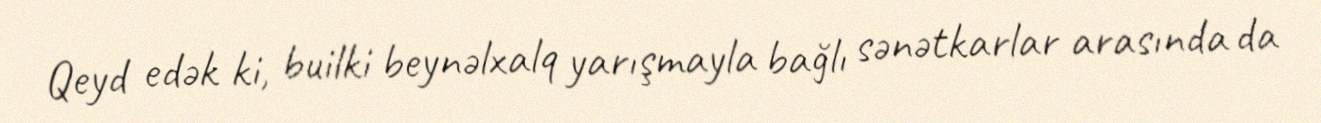
Qeyd edək ki, builki beynəlxalq yarışmayla bağlı sənətkarlar arasında da